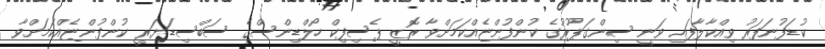
ކުޑަފުނަފަރު ވިއްކާލާފައި ވަނީ ސިންގަޕޫރުގެ ކުންފުންޏެއްކަމަށްވާ ރޮޒީ ޕެސިފިކް ހޯލްޑިންސްގެ ސަބްސިޑަޔަރީ ކުންފުންޏެއްކަމަށްވާ